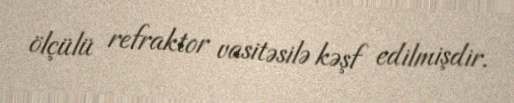
ölçülü refraktor vasitəsilə kəşf edilmişdir.